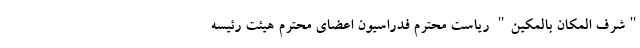
"شرف المکان بالمکین" ریاست محترم فدراسیون اعضای محترم هیئت رئیسه